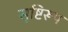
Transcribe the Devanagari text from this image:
सृष्टिरूप